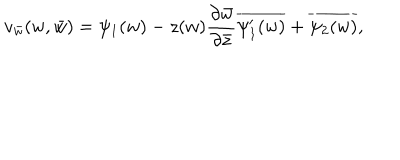
v _ { \bar { w } } ( w , \bar { w } ) = \psi _ { 1 } ( w ) - z ( w ) \frac { \partial \bar { w } } { \partial \bar { z } } \overline { { { \psi _ { 1 } ^ { \prime } ( w ) } } } + \overline { { { \psi _ { 2 } ( w ) } } } ,